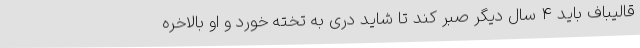
قالیباف باید 4 سال دیگر صبر کند تا شاید دری به تخته خورد و او بالاخره